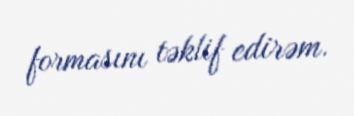
formasını təklif edirəm.